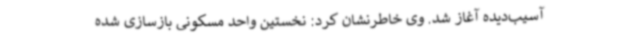
آسیب‌دیده آغاز شد. وی خاطرنشان کرد: نخستین واحد مسکونی بازسازی شده